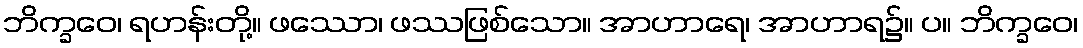
ဘိက္ခဝေ၊ ရဟန်းတို့။ ဖဿော၊ ဖဿဖြစ်သော။ အာဟာရေ၊ အာဟာရ၌။ ပ။ ဘိက္ခဝေ၊